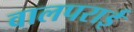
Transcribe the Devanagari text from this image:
वालपराई